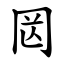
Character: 㒺